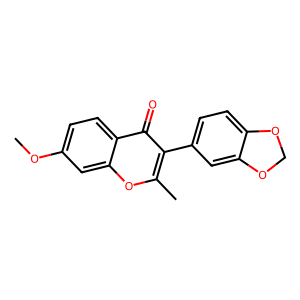
SMILES: COc1ccc2c(=O)c(-c3ccc4c(c3)OCO4)c(C)oc2c1
Inhibits HIV replication: No